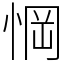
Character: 𢜟